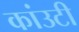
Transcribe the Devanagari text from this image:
कांउटी